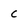
Character: c